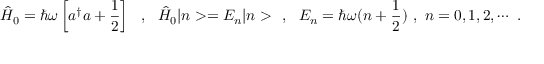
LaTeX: \hat { H } _ { 0 } = \hbar \omega \left[ a ^ { \dagger } a + \frac { 1 } { 2 } \right] \ \ , \ \ \hat { H } _ { 0 } | n > = E _ { n } | n > \ \ , \ \ E _ { n } = \hbar \omega ( n + \frac { 1 } { 2 } ) \ , \ n = 0 , 1 , 2 , \cdots \ .